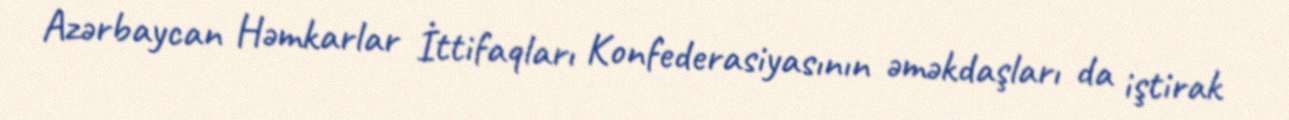
Azərbaycan Həmkarlar İttifaqları Konfederasiyasının əməkdaşları da iştirak